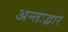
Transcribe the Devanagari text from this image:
अन्तःद्वार